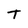
Character: T